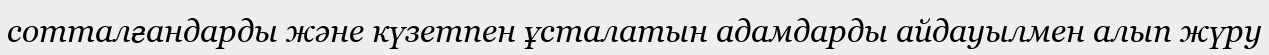
сотталғандарды және күзетпен ұсталатын адамдарды айдауылмен алып жүру